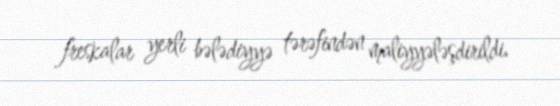
freskalar yerli bələdiyyə tərəfindən maliyyələşdirildi.